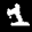
Label: 1